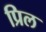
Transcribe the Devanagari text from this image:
प्रिल